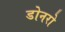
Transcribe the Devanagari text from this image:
डोनरो